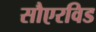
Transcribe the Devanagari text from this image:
सौएरविड